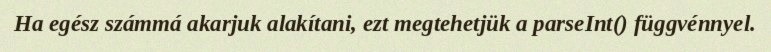
Ha egész számmá akarjuk alakítani, ezt megtehetjük a parseInt() függvénnyel.